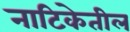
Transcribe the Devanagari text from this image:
नाटिकेतील